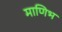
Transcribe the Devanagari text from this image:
माणिभ